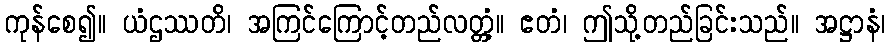
ကုန်စေ၍။ ယံဌဿတိ၊ အကြင်ကြောင့်တည်လတ္တံ့။ ဧတံ၊ ဤသို့တည်ခြင်းသည်။ အဋ္ဌာနံ၊